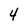
Character: 4